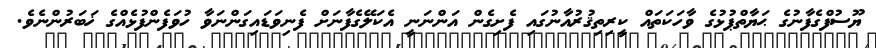
ޔޫސުފްގެފާނުގެ ޙަޔާތްޕުޅުގެ ވާހަކަތައް ކީރިތިޤުރުއާނުގައި ފެށިގެން އަންނަނީ އެކަލޭގެފާނަށް ފެނިވަޑައިގަންނަވާ ހުވަފެންފުޅެއްގެ ޚަބަރުންނެވެ.